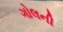
ગોલની